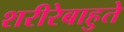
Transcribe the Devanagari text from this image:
शरीरेबाहुते